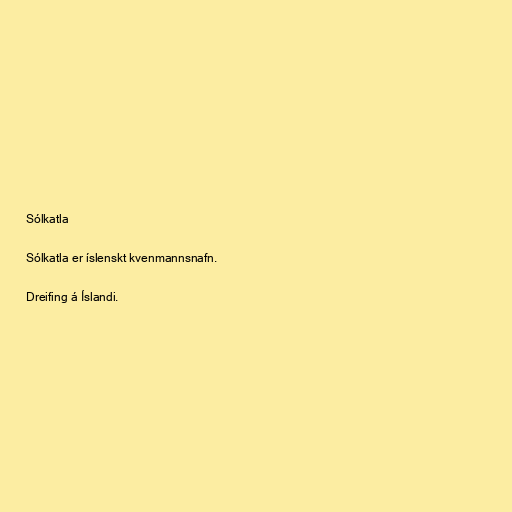
Sólkatla

Sólkatla er íslenskt kvenmannsnafn.

Dreifing á Íslandi.